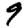
Digit: 9